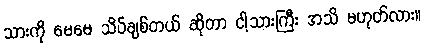
သားကို မေမေ သိပ်ချစ်တယ် ဆိုတာ ငါ့သားကြီး အသိ မဟုတ်လား။